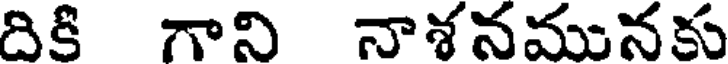
దికి గాని నాశనమునకు